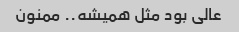
عالی بود مثل همیشه.. ممنون